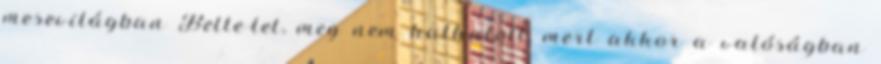
mesevilágban Belle-lel, meg nem halhatott, mert akkor a valóságban